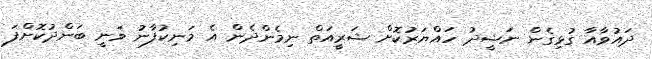
ދައުވާއާ ގުޅިގެން ނަޝީދު ހައްޔަރުކޮށް ޝަރީއަތް ނިމެންދެން އެ މަނިކުފާނު ވަނީ ބަންދުކޮށްފަ